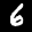
Label: 6